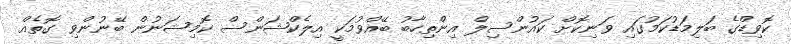
ކޮވިޑްގެ ބަލިމަޑުކަމުގައި ވަނިކޮށް ކައުންސިލް އިންތިހާބު ބޭއްވުމަކީ އިލެކްޝަންސް ކޮމިޝަނުން ބޭނުންވި ގޮތެއް